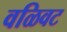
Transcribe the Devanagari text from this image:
वळिवट